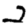
Digit: 2